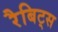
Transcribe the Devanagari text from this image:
रैबिट्स